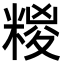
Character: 糉